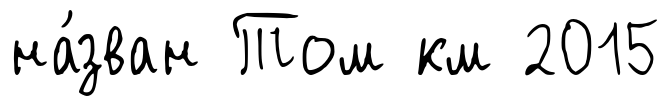
на́зван Том км 2015